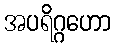
အပရိဂ္ဂဟော